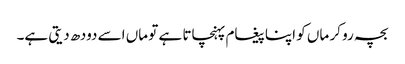
بچہ رو کر ماں کو اپنا پیغام پہنچاتا ہے تو ماں اسے دودھ دیتی ہے۔